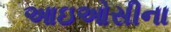
આઇઓસીના